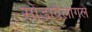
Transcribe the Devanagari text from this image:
सोडावेलागले